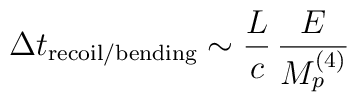
\Delta t_{\mathrm{recoil/bending}} \sim \frac{L}{c} \,\frac{E}{M_p^{(4)}}